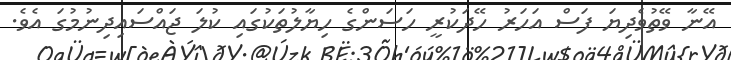
އޭނާ ވޭތުވެދިޔަ ފަސް އަހަރު ހޭދަކުރީ ހަސަންގެ ހިޔާލުތަކުގައި ކުލަ ޖައްސައިދިނުމުގަ އެވެ.